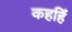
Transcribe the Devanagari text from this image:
कहहिं